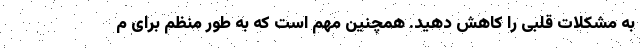
به مشکلات قلبی را کاهش دهید. همچنین مهم است که به طور منظم برای م